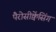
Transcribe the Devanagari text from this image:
पैरोसीक्वेंसिंग